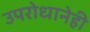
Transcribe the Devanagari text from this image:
उपरोधानेही